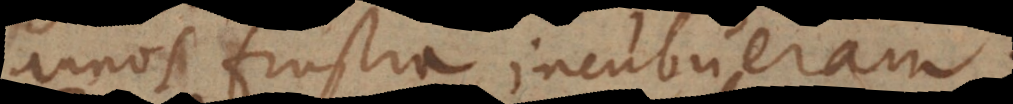
annos frustra incubueram.